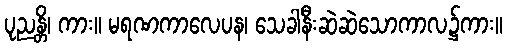
ပုညန္တိ၊ ကား။ မရဏကာလေပန၊ သေခါနီးဆဲဆဲသောကာလ၌ကား။